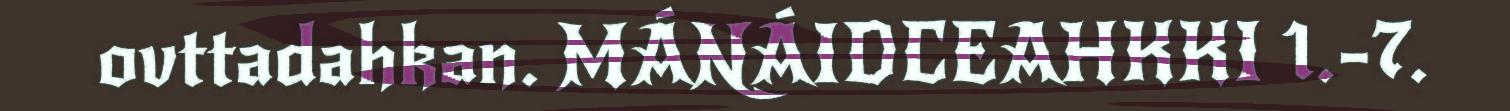
ovttadahkan. MÁNÁIDCEAHKKI 1.-7.